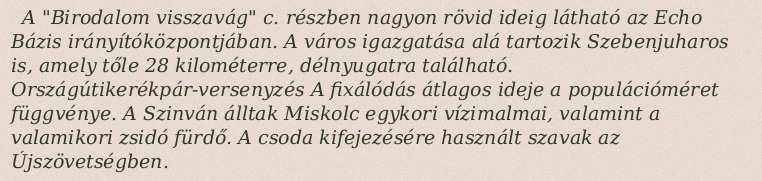
A "Birodalom visszavág" c. részben nagyon rövid ideig látható az Echo Bázis irányítóközpontjában. A város igazgatása alá tartozik Szebenjuharos is, amely tőle 28 kilométerre, délnyugatra található. Országútikerékpár-versenyzés A fixálódás átlagos ideje a populációméret függvénye. A Szinván álltak Miskolc egykori vízimalmai, valamint a valamikori zsidó fürdő. A csoda kifejezésére használt szavak az Újszövetségben.